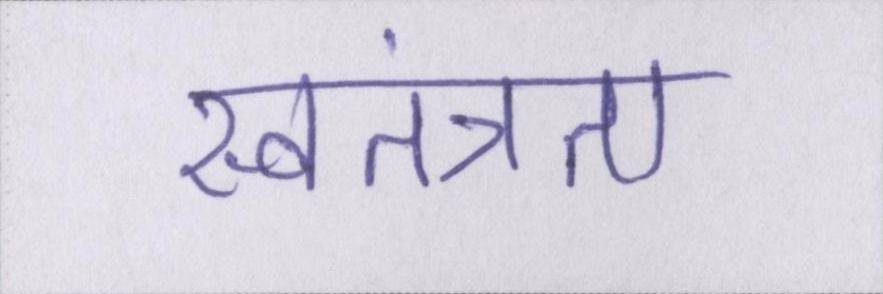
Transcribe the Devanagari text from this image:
स्वतंत्रता